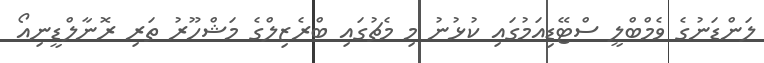
ލަންޑަނުގެ ވެމްބްލީ ސްޓޭޑިއަމުގައި ކުޅުނު މި މެޗުގައި ބްރެޒިލްގެ މަޝްހޫރު ތަރި ރޮނާލްޑީނިއޯ